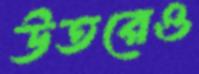
উতরেও